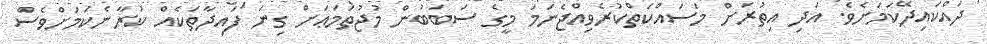
ދައްކައިދޭކަމަށެވެ. އަދި އިތުރަށް މަސައްކަތްކުރެވިއްޖެނަމަ މީގެ ސަބަބުން މުޖުތަމަޢަށް ގިނަ ފައިދާތަކެއް ކުރާނެކަމަށްވެސް